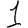
Digit: 1